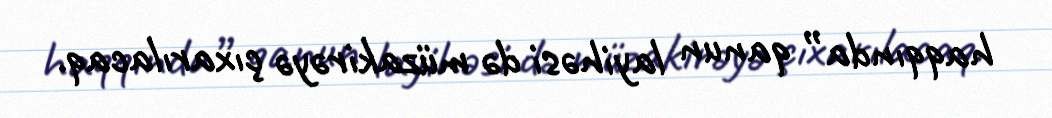
haqqında” qanun layihəsi də müzakirəyə çıxarılacaq.